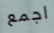
اجمع